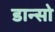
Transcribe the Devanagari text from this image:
डान्सो